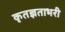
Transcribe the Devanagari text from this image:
कृतज्ञताभरी